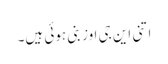
اتنی این جی اوز بنی ہوئی ہیں۔